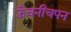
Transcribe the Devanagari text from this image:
ऊँचनीचपन